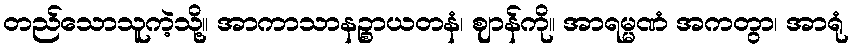
တည်သောသူကဲ့သို့။ အာကာသာနဉ္စာယတနံ၊ ဈာန်ကို။ အာရမ္မဏံ အကတွာ၊ အာရုံ